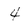
Character: 4